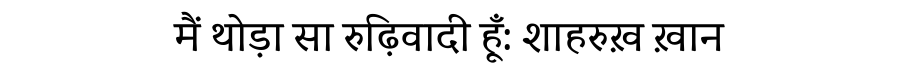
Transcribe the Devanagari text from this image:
मैं थोड़ा सा रुढ़िवादी हूँ: शाहरुख़ ख़ान